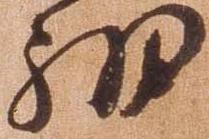
細